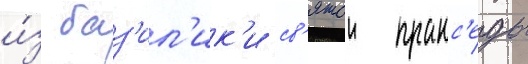
и́з баз'ил'ик'и св'ятои пракс'еды